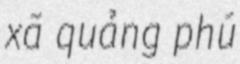
xã quảng phú